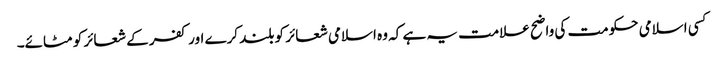
کسی اسلامی حکومت کی واضح علامت یہ ہے کہ وہ اسلامی شعائر کو بلند کرے اور کفر کے شعائر کو مٹائے۔